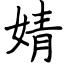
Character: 婧